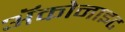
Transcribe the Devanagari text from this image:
ॲकोनाइट